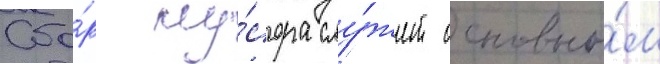
Сбо́р му́сора слу́жит основны́м